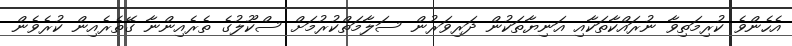
އެހެންވެ ކުރިމަތިވާ ނުރައްކާތަކާއި އަނިޔާތަކުން ދަރިވަރުން ސަލާމަތްކުރުމަށް ސްކޫލުގެ ތެރެއިންނާ ގޭތެރެއިން ކުރެވެން